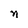
Character: n